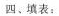
四、填表：